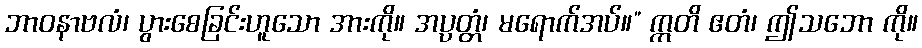
ဘာဝနာဗလံ၊ ပွားစေခြင်းဟူသော အားကို။ အပ္ပတ္တံ၊ မရောက်အပ်။” ဣတိ ဧတံ၊ ဤသဘော ကို။